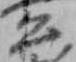
公